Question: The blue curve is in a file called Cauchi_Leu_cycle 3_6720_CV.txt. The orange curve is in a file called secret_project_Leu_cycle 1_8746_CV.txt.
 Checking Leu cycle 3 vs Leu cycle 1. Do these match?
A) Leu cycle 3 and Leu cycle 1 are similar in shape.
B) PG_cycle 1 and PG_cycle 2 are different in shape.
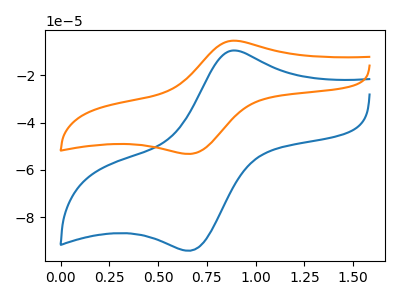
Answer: <think>The blue curve "Leu cycle 3" has an anodic peak at (0.90V, -9.55uA) and a cathodic peak at (0.65V, -94.15uA). The orange curve "Leu cycle 1" has an anodic peak at (0.90V, -5.40uA) and a cathodic peak at (0.65V, -53.25uA).
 All the peaks in "Leu cycle 3" have a peak in "Leu cycle 1" at the same potential.</think>
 <answer>A) "Leu cycle 3" and "Leu cycle 1" are similar in shape.</answer>
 <eval>A</eval>